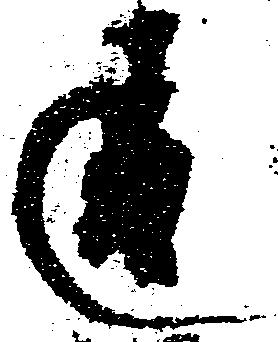
違